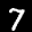
Label: 7